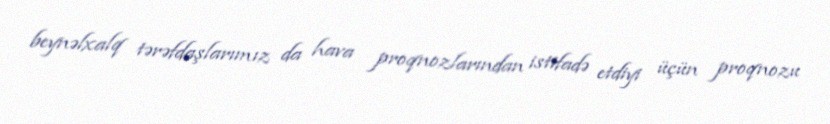
beynəlxalq tərəfdaşlarımız da hava proqnozlarından istifadə etdiyi üçün proqnozu